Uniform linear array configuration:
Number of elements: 8
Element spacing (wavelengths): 1
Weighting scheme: hamming
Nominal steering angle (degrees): -45
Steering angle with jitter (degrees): -45.398
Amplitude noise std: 0.05
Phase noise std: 0.05

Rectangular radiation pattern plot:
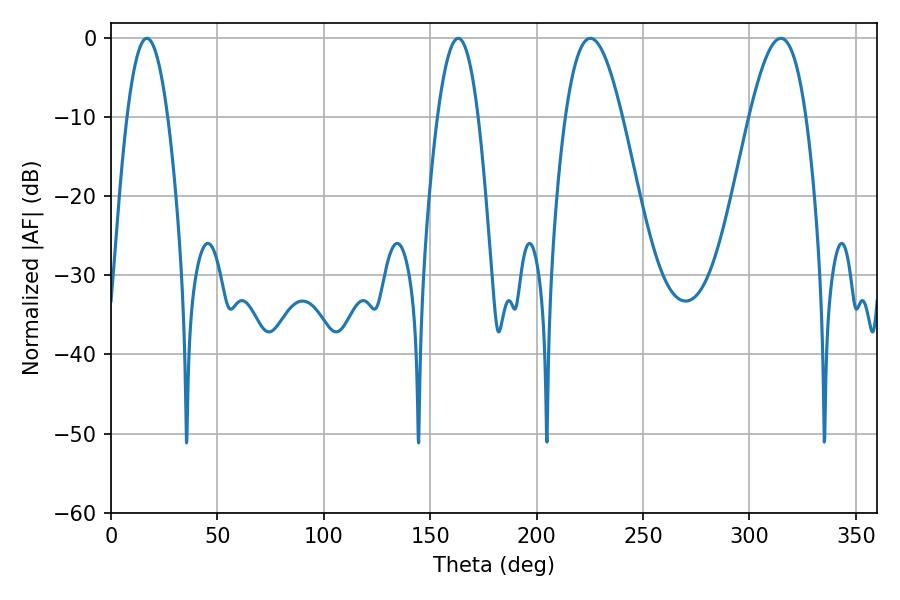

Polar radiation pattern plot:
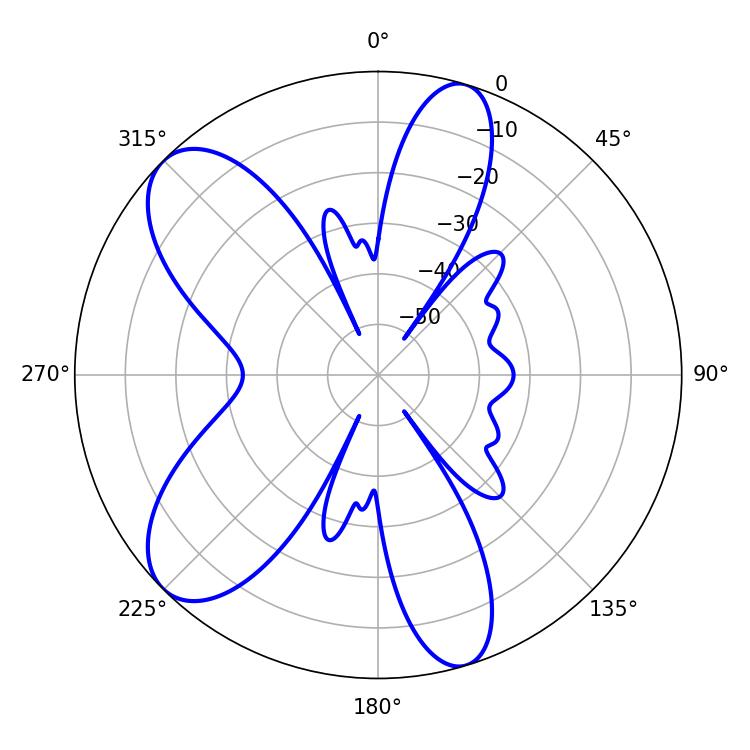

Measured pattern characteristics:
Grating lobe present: TRUE
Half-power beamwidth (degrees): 14.4
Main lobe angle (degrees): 225.18